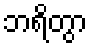
ဘရိတွာ